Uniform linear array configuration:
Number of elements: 48
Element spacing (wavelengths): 1
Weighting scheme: binomial
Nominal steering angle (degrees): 0
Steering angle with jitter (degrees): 0.1389
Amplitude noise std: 0.05
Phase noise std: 0.05

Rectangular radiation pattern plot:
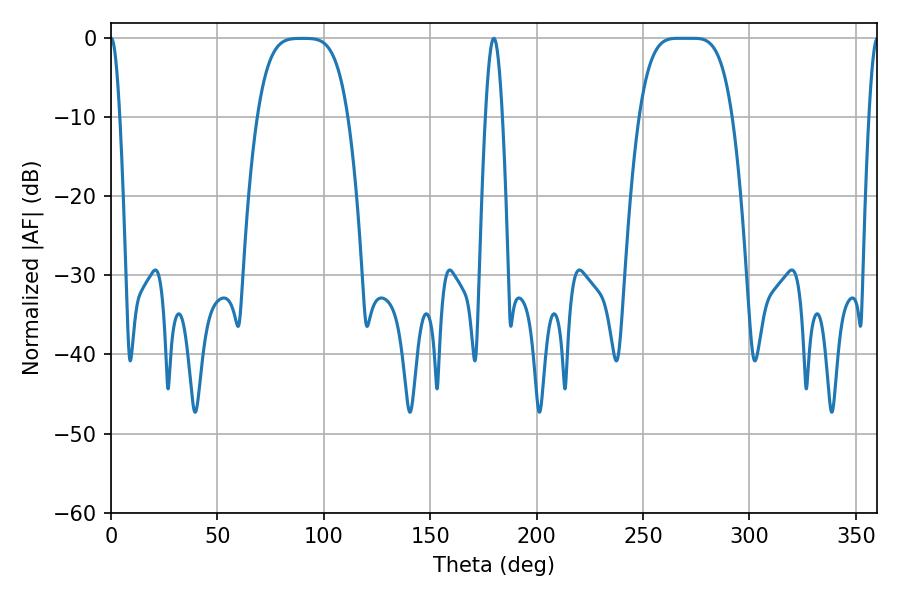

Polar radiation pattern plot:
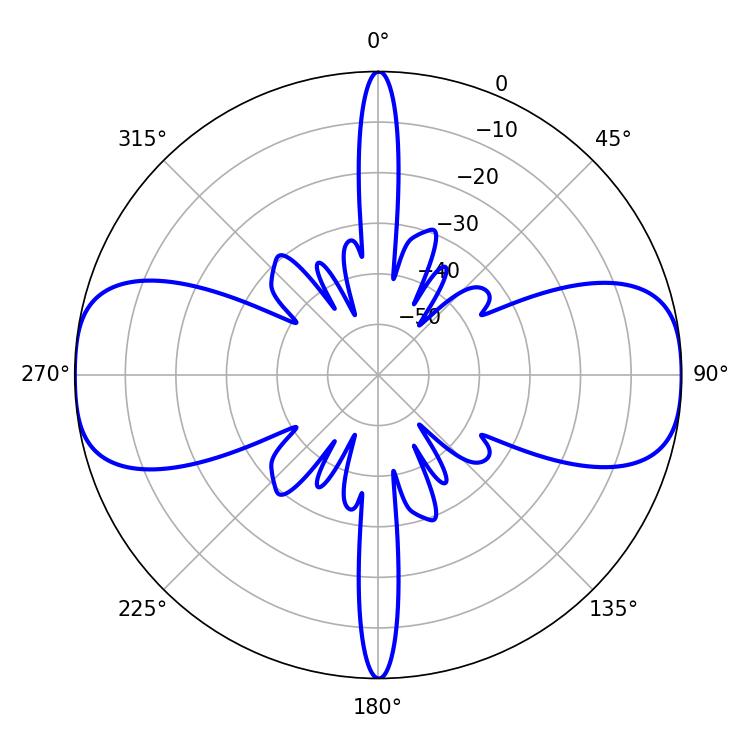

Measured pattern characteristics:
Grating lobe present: TRUE
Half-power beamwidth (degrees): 32.76
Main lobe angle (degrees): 266.4